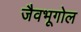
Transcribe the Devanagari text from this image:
जैवभूगोल